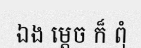
ឯង ម្តេច ក៏ ពុំ